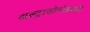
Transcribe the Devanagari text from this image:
अल्ट्रासोनोग्राफ़ी